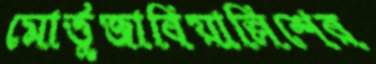
মোর্ত্তুজাবিয়াল্লিশের